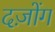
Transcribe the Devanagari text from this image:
दज़ोंग